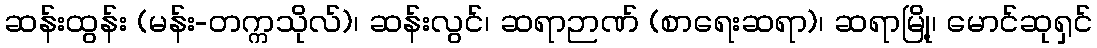
ဆန်းထွန်း (မန်း-တက္ကသိုလ်)၊ ဆန်းလွင်၊ ဆရာဉာဏ် (စာရေးဆရာ)၊ ဆရာမြို့၊ မောင်ဆုရှင်